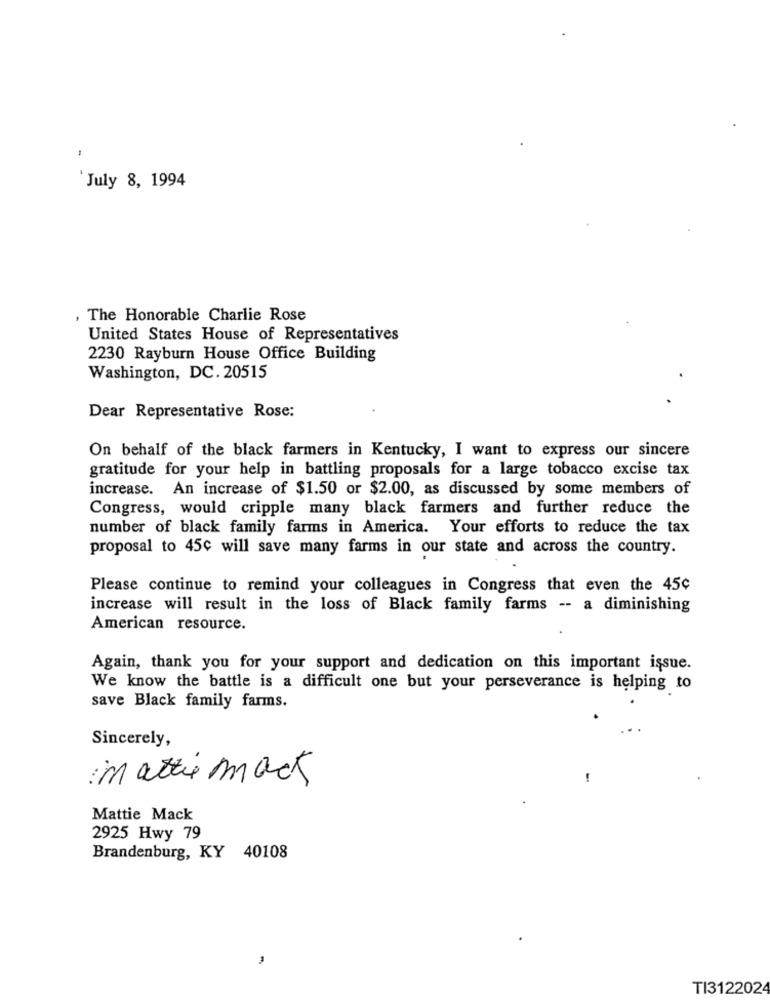
'July 8, 1994
, The Honorable Charlie Rose
United States House of Representatives
2230 Rayburn House Office Building
Washington, DC. 20515
Dear Representative Rose:
On behalf of the black farmers in Kentucky, I want to express our sincere
gratitude for your help in battling proposals for a large tobacco excise tax
increase. An increase of $1.50 or $2.00, as discussed by some members of
Congress, would cripple many black farmers and further reduce the
number of black family farms in America. Your efforts to reduce the tax
proposal to 45c will save many farms in our state and across the country.
Please continue to remind your colleagues in Congress that even the 45¢
increase will result in the loss of Black family farms -- a diminishing
American resource.
Again, thank you for your support and dedication on this important issue.
We know the battle is a difficult one but your perseverance is helping to
save Black family farms.
Sincerely,
in attie mack
-
Mattie Mack
2925 Hwy 79
Brandenburg, KY 40108
TI3122024